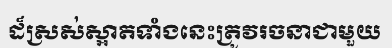
ដ៏ស្រស់ស្អាតទាំងនេះត្រូវរចនាជាមួយ